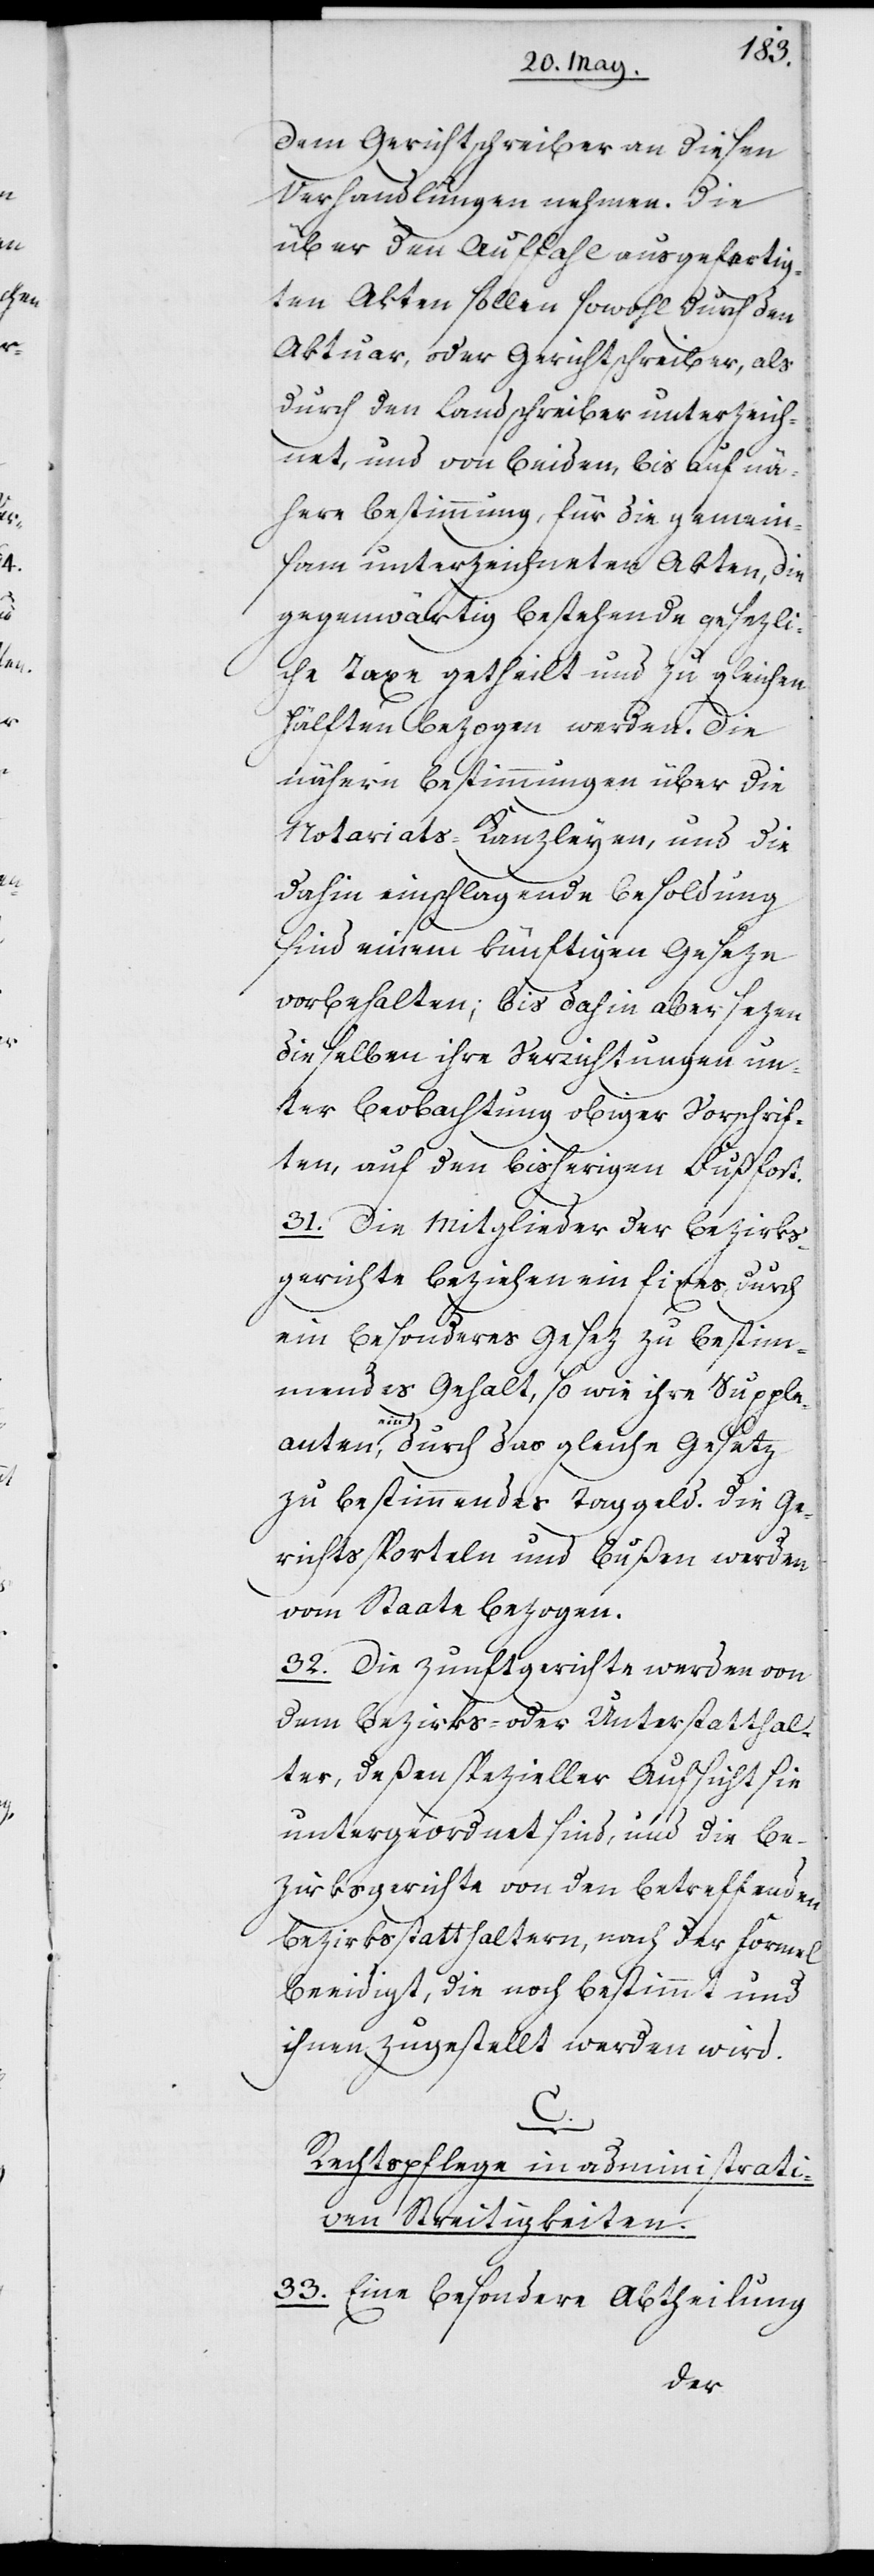
dem Gerichtsschreiber an diesen
Verhandlungen nehmen. Die
über den Auffahl ausgefertig¬
ten Akten sollen sowohl durch den
Aktuar, oder Gerichtschreiber, als
durch den Landschreiber unterzeich¬
net, und von beyden, bis auf nä¬
here Bestimmung, für die gemein¬
sam unterzeichneten Akten, die
gegenwärtig bestehende gesezli¬
che Taxe getheilt und zu gleichen
Hälften bezogen werden. Die
nähern Bestimmungen über die
Notariats-Kanzleyen, und die
dahin einschlagende Besoldung
sind einem künftigen Geseze
vorbehalten; bis dahin aber sezen
dieselben ihre Verrichtungen un¬
ter Beobachtung obiger Vorschrif¬
ten, auf den bisherigen Fuß fort.
31. Die Mitglieder der Bezirks¬
gerichte beziehen ein fixes, durch
ein besonderes Gesez zu bestim¬
mendes Gehalt, so wie ihre Supple¬
ant¬
en ein, durch das gleiche Gesetz
zu bestimmendes Taggeld. Die Ge¬
richtssporteln und Bußen werden
vom Staate bezogen.
32. Die Zunftgerichte werden von
dem Bezirks- oder Unterstatthal¬
ter, deßen spezieller Aufsicht sie
untergeordnet sind, und die Be¬
zirksgerichte von den betreffenden
Bezirksstatthaltern, nach der Formel
beeidigt, die noch bestimmt und
ihnen zugestellt werden wird.
C.
Rechtspflege in administrati¬
ven Streitigkeiten.
33. Eine besondere Abtheilung